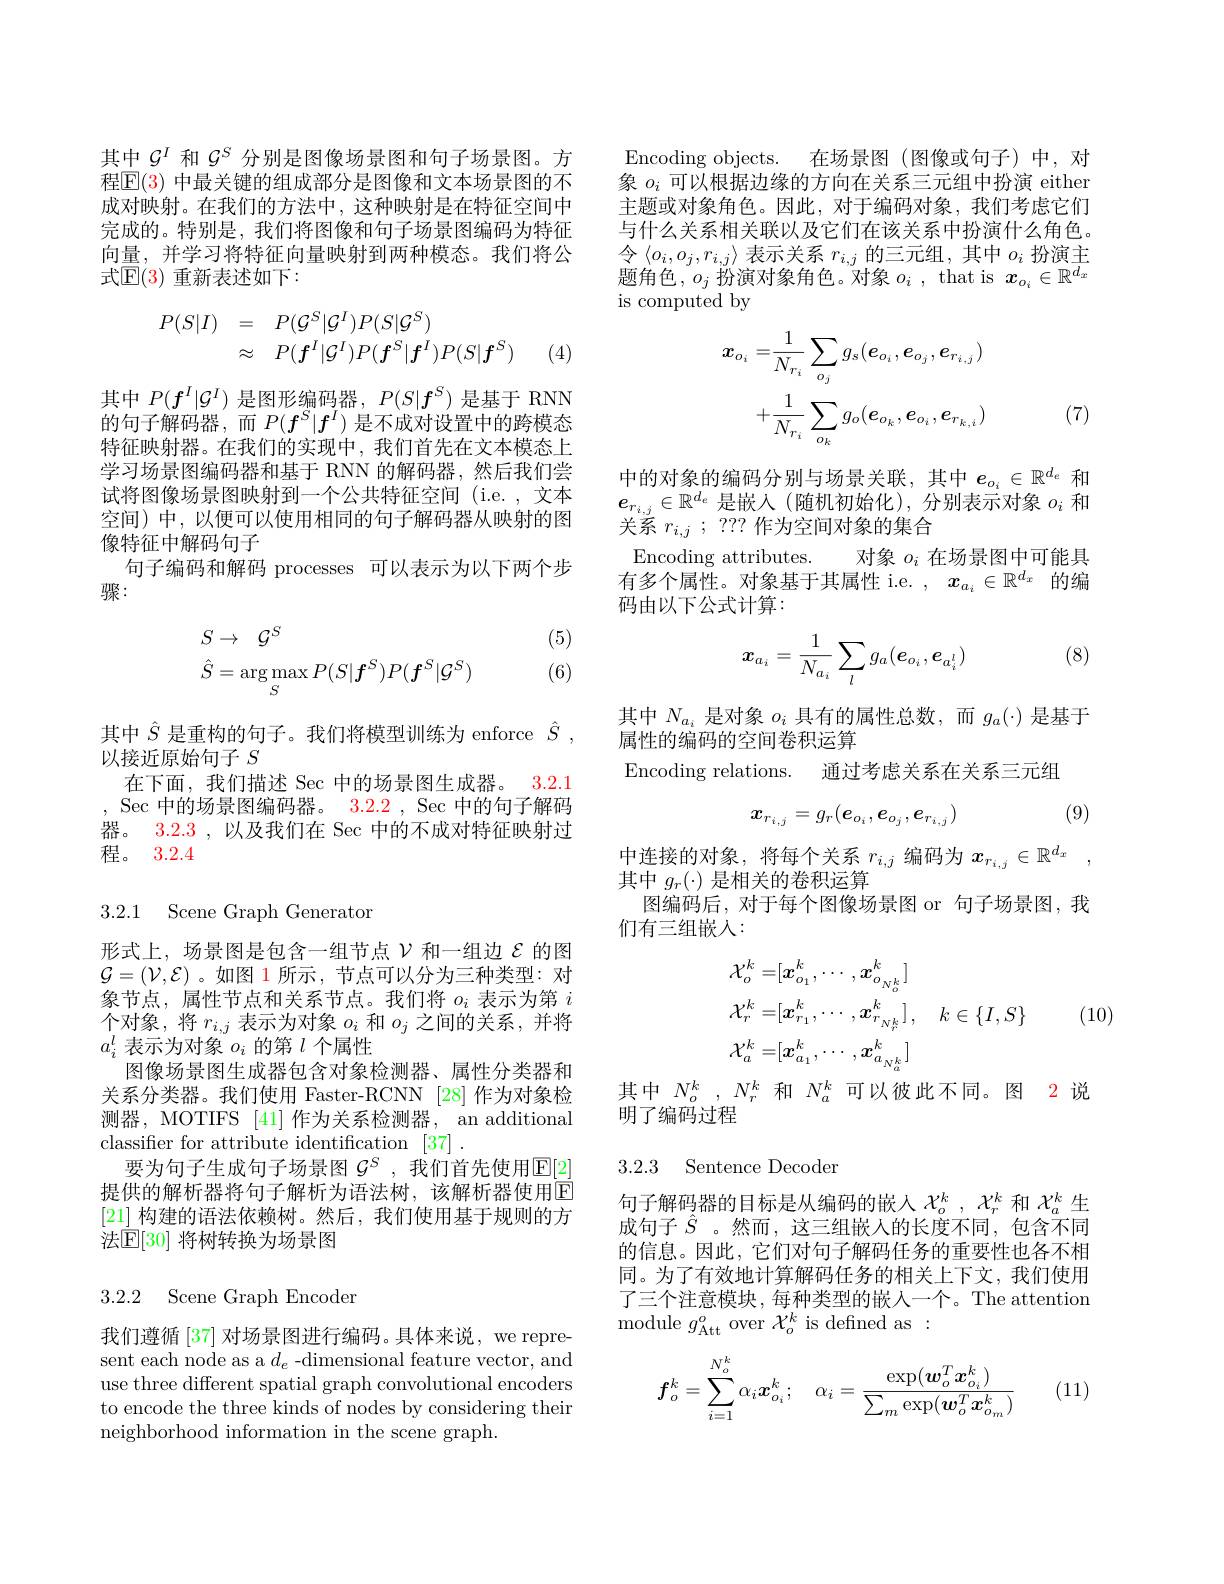
其中$\mathcal{G}^I$和$\mathcal{G}^S$分别是图像场景图和句子场景图。方程$\mathbb{E}(3)$ 中最关键的组成部分是图像和文本场景图的不成对映射。在我们的方法中，这种映射是在特征空间中完成的。特别是，我们将图像和句子场景图编码为特征向量，并学习将特征向量映射到两种模态。我们将公式$\mathbb{E}(3)$ 重新表述如下：
$$\begin{array}{rcl}P(S|I)&=&P(\mathcal{G}^S|\mathcal{G}^I)P(S|\mathcal{G}^S)\\&\approx&P(\boldsymbol{f}^I|\mathcal{G}^I)P(\boldsymbol{f}^S|\boldsymbol{f}^I)P(S|\boldsymbol{f}^S)\end{array}$$
1 (4)

其中$P(f^I|\mathcal{G}^I)$是图形编码器，$P(S|f^S)$是基于 RNN 的句子解码器，而$P(f^S|f^I)$是不成对设置中的跨模态特征映射器。在我们的实现中，我们首先在文本模态上学习场景图编码器和基于 RNN 的解码器，然后我们尝试将图像场景图映射到一个公共特征空间 (i.e. , 文本空间)中，以便可以使用相同的句子解码器从映射的图像特征中解码句子
句子编码和解码 processes 可以表示为以下两个步
骤：

(5) (6)
$$\begin{aligned}&S\to\quad\mathcal{G}^S\\&\hat{S}=\arg\max_SP(S|\boldsymbol{f}^S)P(\boldsymbol{f}^S|\mathcal{G}^S)\end{aligned}$$
在下面，我们描述 Sec 中的场景图生成器。3.2.1 , Sec中的场景图编码器。3.2.2, Sec中的句子解码

其中$\hat{S}$是重构的句子。我们将模型训练为 enforce $\hat{S}$,
以接近原始句子$S$
器。3.2.3 , 以及我们在 Sec 中的不成对特征映射过
程。3.2.4

3.2.1 Scene Graph Generaton

形式上，场景图是包含一组节点$\nu$和一组边$\mathcal{E}$的图$\mathcal{G}=(\mathcal{V},\mathcal{E})$ 。如图 1 所示，节点可以分为三种类型：对象节点，属性节点和关系节点。我们将$o_i$表示为第$i$ 个对象，将$r_i,j$表示为对象$o_i$和$o_j$之间的关系，并将$a_i^l$表示为对象$o_i$的第$l$个属性
图像场景图生成器包含对象检测器、属性分类器和关系分类器。我们使用 Faster-RCNN [28]作为对象检测器，MOTIFS [41] 作为关系检测器，an additional classifier for attribute identification [37]
要为句子生成句子场景图 $\mathcal{G}^S$ ,我们首先使用$\mathbb{E}[2]$ 提供的解析器将句子解析为语法树，该解析器使用E [21]构建的语法依赖树。然后，我们使用基于规则的方法$\mathbb{E}[30]$ 将树转换为场景图

## 3.2.2 Scene Graph Encoder

我们遵循[37] 对场景图进行编码。具体来说，we represent each node as a $d_e$ -dimensional feature vector, and use three different spatial graph convolutional encoders to encode the three kinds of nodes by considering their neighborhood information in the scene graph.

Encoding objects. 在场景图(图像或句子)中，对象$o_i$可以根据边缘的方向在关系三元组中扮演 either 主题或对象角色。因此，对于编码对象，我们考虑它们与什么关系相关联以及它们在该关系中扮演什么角色。$令\left\langle o_{i},o_{j},r_{i,j}\right\rangle$表示关系$r_i,j$的三元组，其中$o_i$扮演主题角色，$o_j$扮演对象角色。对象$o_i$ , that is $x_o_i\in\mathbb{R}^{d_x}$ is computed by
$$\begin{aligned}x_{o_{i}}=&\frac{1}{N_{r_{i}}}\sum_{o_{j}}g_{s}(e_{o_{i}},e_{o_{j}},e_{r_{i,j}})\\&+\frac{1}{N_{r_{i}}}\sum_{o_{k}}g_{o}(e_{o_{k}},e_{o_{i}},e_{r_{k,i}})\end{aligned}$$
(7)

中的对象的编码分别与场景关联，其中$e_{o_i}\in\mathbb{R}^{d_e}$和$e_{r_{i,j}}\in\mathbb{R}^{d_e}$是嵌入(随机初始化),分别表示对象$o_i$和关系$r_{i,j}$ ; ??? 作为空间对象的集合
Encoding attributes. 对象$o_i$在场景图中可能具有多个属性。对象基于其属性 i.e. $,x_{a_i}\in\mathbb{R}^{d_x}$的编码由以下公式计算：

(8)
$$x_{a_i}=\frac{1}{N_{a_i}}\sum_lg_a(e_{o_i},e_{a_i^l})$$
其中$N_{a_i}$是对象$o_i$具有的属性总数，而$g_a(\cdot)$是基于
属性的编码的空间卷积运算
Encoding relations. 通过考虑关系在关系三元组

(9)
$$x_{r_{i,j}}=g_r(e_{o_i},e_{o_j},e_{r_{i,j}})$$
中连接的对象，将每个关系$r_{i,j}$编码为$x_{r_{i, j}}\in \mathbb{R} ^{d_x}$ ,
其中$g_r(\cdot)$是相关的卷积运算
图编码后，对于每个图像场景图 or 句子场景图，我
们有三组嵌入：
$$\begin{aligned}&\mathcal{X}_{o}^{k}=[\boldsymbol{x}_{o_{1}}^{k},\cdots,\boldsymbol{x}_{o_{N_{o}^{k}}}^{k}]\\&\mathcal{X}_{r}^{k}=[\boldsymbol{x}_{r_{1}}^{k},\cdots,\boldsymbol{x}_{r_{N_{r}^{k}}}^{k}],\quad k\in\{I,S\}\\&\mathcal{X}_{a}^{k}=[\boldsymbol{x}_{a_{1}}^{k},\cdots,\boldsymbol{x}_{a_{N_{a}^{k}}}^{k}]\end{aligned}$$
(10)

其中$N_o^k$ , $N_r^k$和$N_a^k$可以彼此不同。图 2 说

明了编码过程

3.2.3 Sentence Decoden

句子解码器的目标是从编码的嵌人$\chi_o^k,\chi_r^k$和$\chi_a^k$生成句子$\hat{S}$ 。然而，这三组嵌人的长度不同，包含不同的信息。因此，它们对句子解码任务的重要性也各不相同。为了有效地计算解码任务的相关上下文，我们使用了三个注意模块，每种类型的嵌入一个。The attention module $g_\mathrm{Att}^{o}$ over $\mathcal{X}_o^k$ is defined as:
$$f_o^k=\sum_{i=1}^{N_o^k}\alpha_i\boldsymbol{x}_{o_i}^k;\quad\alpha_i=\frac{\exp(\boldsymbol{w}_o^T\boldsymbol{x}_{o_i}^k)}{\sum_m\exp(\boldsymbol{w}_o^T\boldsymbol{x}_{o_m}^k)}$$
(11)